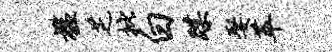
槛芝批白蹀娶萃